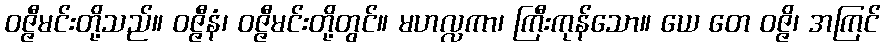
ဝဇ္ဇီမင်းတို့သည်။ ဝဇ္ဇီနံ၊ ဝဇ္ဇီမင်းတို့တွင်။ မဟလ္လကာ၊ ကြီးကုန်သော။ ယေ တေ ဝဇ္ဇိ၊ အကြင်